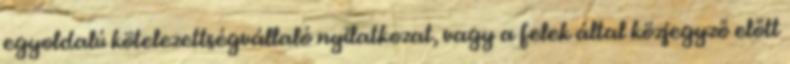
egyoldalú kötelezettségvállaló nyilatkozat, vagy a felek által közjegyző előtt